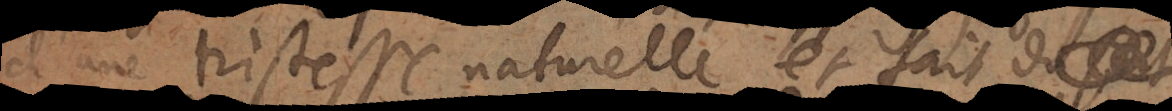
d’une tristesse naturelle et fait grand